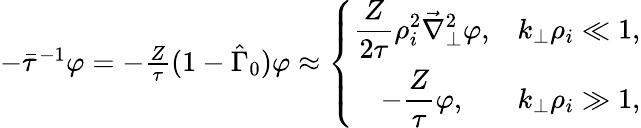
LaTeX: \begin{array}{r}{-\bar{\tau}^{-1}\varphi=-\frac{Z}{\tau}(1-\hat{\Gamma}_{0})\varphi\approx\left\{ \begin{array}{cc}{\displaystyle\frac{Z}{2\tau}\rho_{i}^{2}\vec{\nabla}_{\perp}^{2}\varphi,}&{\displaystyle k_{\perp}\rho_{i}\ll 1,}\\ {\displaystyle-\frac{Z}{\tau}\varphi,}&{\displaystyle k_{\perp}\rho_{i}\gg 1,}\end{array}\right.}\end{array}